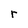
Character: r